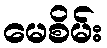
မေစိမ်း